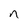
Character: n